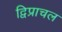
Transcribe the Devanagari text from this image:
द्विप्राचल